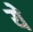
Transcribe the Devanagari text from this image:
येे